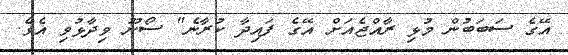
އޭގެ ސަބަބުން މުޅި ރާއްޖެއަށް އޭގެ ފައިދާ ކުރާނެ" ސޯނޫ ވިދާޅުވި އެވެ.